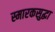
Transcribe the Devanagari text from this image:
स्मारकसुद्धा